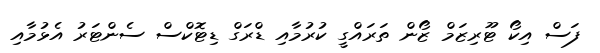
ފަސް އިކޯ ޓޫރިޒަމް ޒޯން ތަރައްގީ ކުރުމާއި ޑްރަގް ޑިޓޮކްސް ސެންޓަރު އެޅުމާއި